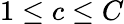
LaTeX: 1\leq c\leq C